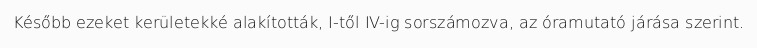
Később ezeket kerületekké alakították, I-től IV-ig sorszámozva, az óramutató járása szerint.